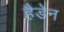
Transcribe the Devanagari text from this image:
हैडेन